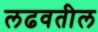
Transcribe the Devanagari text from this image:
लढवतील